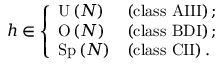
\begin{array} { r } { h \in \left\{ \begin{array} { l l } { \mathrm { U } \left( N \right) } & { \left( \mathrm { c l a s s ~ A I I I } \right) ; } \\ { \mathrm { O } \left( N \right) } & { \left( \mathrm { c l a s s ~ B D I } \right) ; } \\ { \mathrm { S p } \left( N \right) } & { \left( \mathrm { c l a s s ~ C I I } \right) . } \end{array} \right. } \end{array}